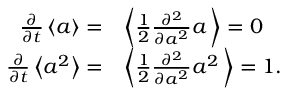
\begin{array} { r l } { \frac { \partial } { \partial t } \left\langle a \right\rangle = } & { \left\langle \frac { 1 } { 2 } \frac { \partial ^ { 2 } } { \partial a ^ { 2 } } a \, \right\rangle = 0 } \\ { \frac { \partial } { \partial t } \left\langle a ^ { 2 } \right\rangle = } & { \left\langle \frac { 1 } { 2 } \frac { \partial ^ { 2 } } { \partial a ^ { 2 } } a ^ { 2 } \, \right\rangle = 1 . } \end{array}